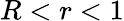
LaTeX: R<r<1